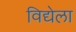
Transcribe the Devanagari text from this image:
विद्येला